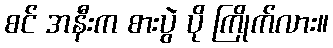
စင် အနီးက စားပွဲ ပို ကြိုက်လား။